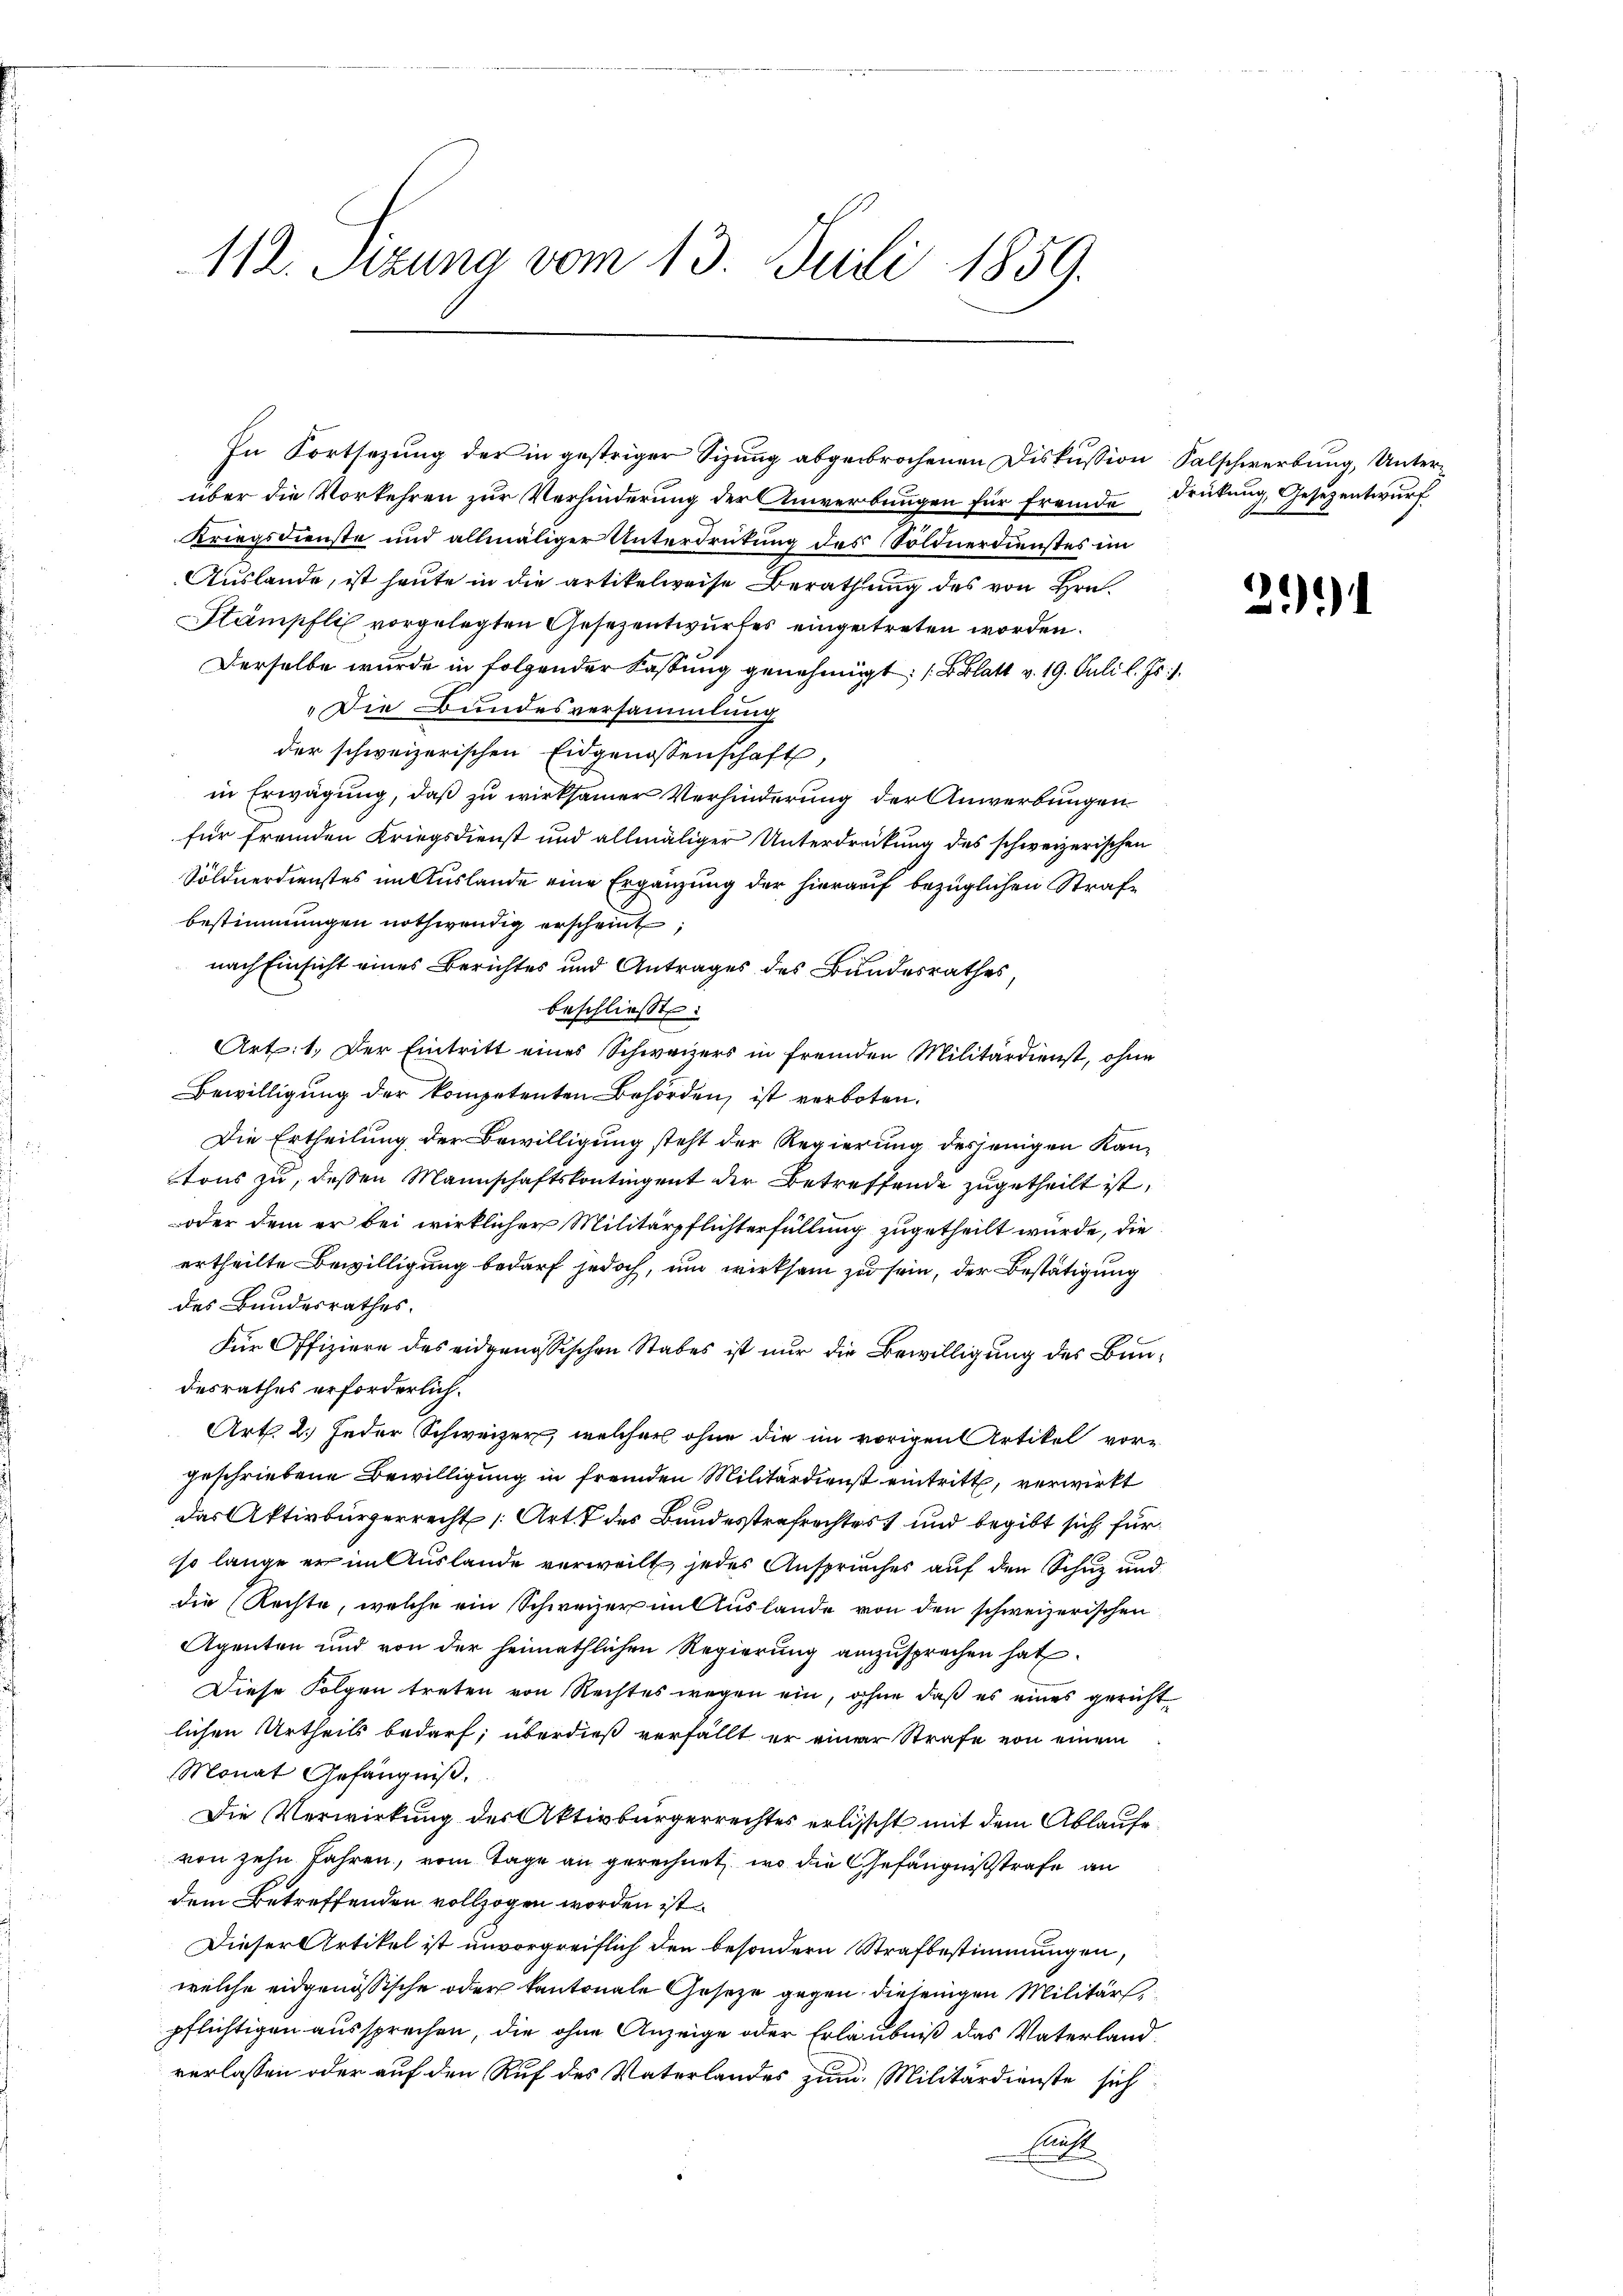
112. Sitzung vom 13. Juli 1859.

über die Vorkehren zur Verhinderung der Anwerbungen für fremde Drückung, Gesezentwurf
Kriegsdienste und allmäliger Unterdrütung des Söldnerdienstes im
Auslande, ist heute in die artikelweise Berathung des von Hrn.
Stämpfli vorgelegten Gesezentwurfes eingetreten worden.
Derselbe wurde in folgender Kassung genehmigt; (Blatt v. 19. Juli l. Js.
Die Bundesversammlung
der schweizerischen Eidgenossenschaft,
in Erwägung, daß zu wirksamer Verhinderung der Anwerbungen
für fremden Kriegsdienst und allmäliger Unterdrückung des schweizerischen
Söldnerdienstes im Auslande eine Ergänzung der hierauf bezüglichen Strafe
bestimmungen nothwendig erscheint;
nach Einsicht eines Berichtes und Antrages des Bundesrathes,
beschließt:
Art: 1. Der Eintritt eines Schweizers in fremden Militärdienst, ohne
Bewilligung der kompetenten Behörden, ist verboten.
Die Ertheilung der Bewilligung steht der Regierung desjenigen Kantons zu, dessen Mannschaftskontingent der Betreffende zugetheilt ist,
oder dem er bei wirklicher Militärpflichterfüllung zugetheilt wurde, die
ertheilte Bewilligung bedarf jedoch, um wirksam zu sein, der Bestätigung
des Bundesrathes.
Für Offiziere des eidgenössischen Stabes ist nur die Bewilligung des Bundesrathes erforderlich.
Art. 2. Jeder Schweizer, welcher ohne die im vorigen Artikel vor-
geschriebene Bewilligung in fremden Militärdienst eintritt, verwirkt
das Aktivbürgerrecht (Art. 7 des Bundesstrafrechtes und begibt sich für
so lange er im Auslande verweilt, jedes Anspruches auf den Schuz und
die Rechte, welche ein Schweizer im Auslande von den schweizerischen
Agenten und von der heimathlichen Regierung anzusprechen hat.
Diese Folgen treten von Rechtes wegen ein, ohne daß es eines gericht
lichen Urtheils bedarf; überdieß verfällt er einer Strafe von einem
Monat Gefängniß.
Die Verwirkung der Aktivbürgerrechtes erlischt mit dem Ablaufe
von zehn Jahren, vom Tage an gerechnet, wo die Gefängnißstrafe an
dem Betreffenden vollzogen worden ist.
Dieser Artikel ist unvorgreiflich den besondern Strafbestimmungen,
welche eidgenössische oder kantonale Gesetze gegen diejenigen Militärs,
pflichtigen aussprechen, die ohne Anzeige oder Erlaubniß das Vaterlandverlassen oder auf den Auf des Vaterlandes zum Militärdienste sich
Ericht

In Fortsezung der in gestriger Sizung abgebrochenen Diskussion Salschwerbung, Unter¬

21